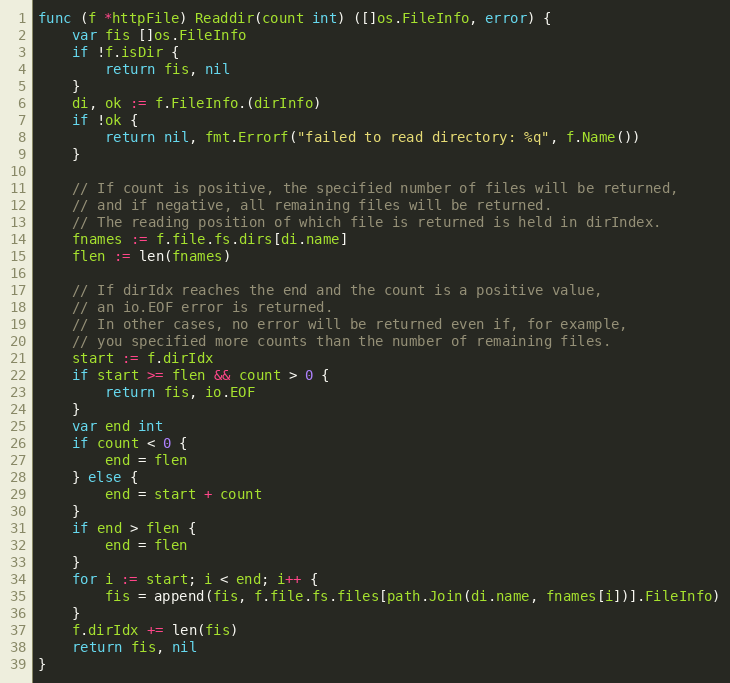
Language: Go
func (f *httpFile) Readdir(count int) ([]os.FileInfo, error) {
	var fis []os.FileInfo
	if !f.isDir {
		return fis, nil
	}
	di, ok := f.FileInfo.(dirInfo)
	if !ok {
		return nil, fmt.Errorf("failed to read directory: %q", f.Name())
	}

	// If count is positive, the specified number of files will be returned,
	// and if negative, all remaining files will be returned.
	// The reading position of which file is returned is held in dirIndex.
	fnames := f.file.fs.dirs[di.name]
	flen := len(fnames)

	// If dirIdx reaches the end and the count is a positive value,
	// an io.EOF error is returned.
	// In other cases, no error will be returned even if, for example,
	// you specified more counts than the number of remaining files.
	start := f.dirIdx
	if start >= flen && count > 0 {
		return fis, io.EOF
	}
	var end int
	if count < 0 {
		end = flen
	} else {
		end = start + count
	}
	if end > flen {
		end = flen
	}
	for i := start; i < end; i++ {
		fis = append(fis, f.file.fs.files[path.Join(di.name, fnames[i])].FileInfo)
	}
	f.dirIdx += len(fis)
	return fis, nil
}